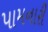
પામનારી